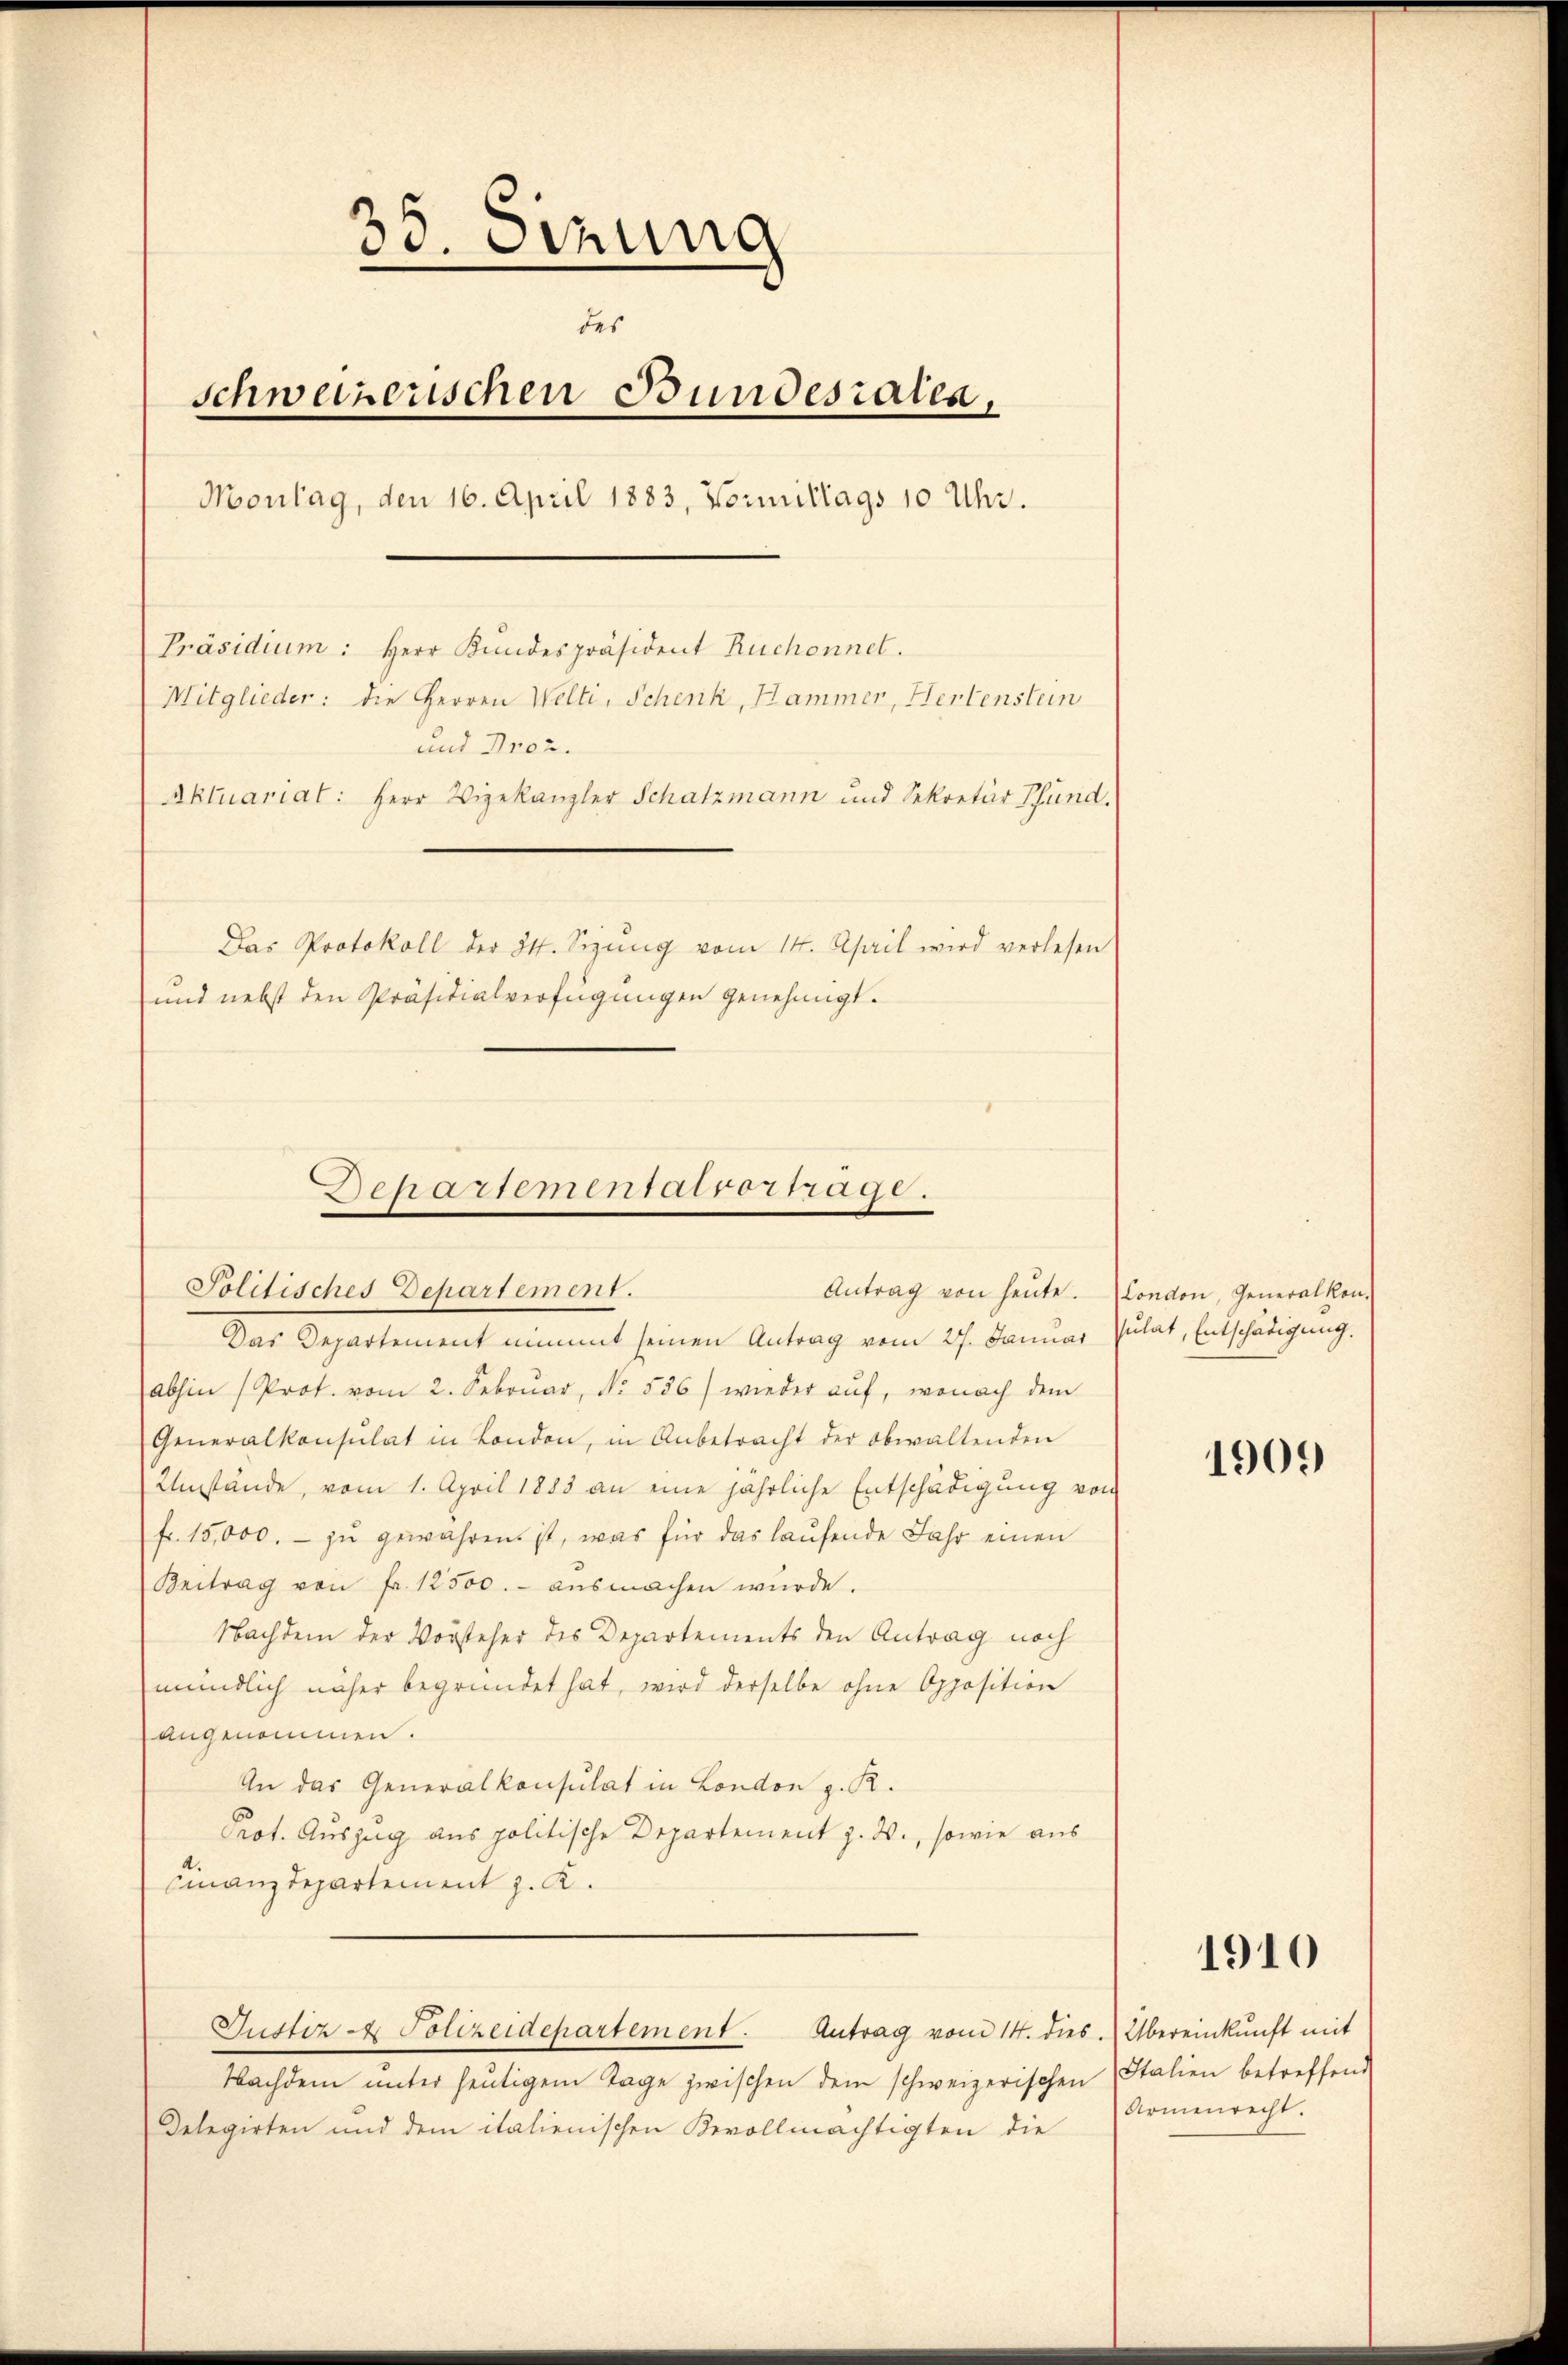
35. Serung
des
schweizerischen Bundesraten,
Montag, den 16. April 1883, Vormittags 10 Uhr.
Präsidium: Herr Kundespräsident Ruchonnet.
Mitglieder: die Herren Welti, Schenk, Hammer, Hertenstein
und Droz.
Aktuariat: Herr Vizekanzler Schatzmann und Sekretär Pfund
Das Protokoll der 34. Sizŭng vom 14. April wird verlesen
und nebst den Präsidialverfügungen genehmigt.

Behartementatvortrage.
Politisches Departement.
Antrag von heute. London, Generalkon-

Das Departement nimmt seinen Antrag vom 27. Januar Pulat, Entschädigung.
abhin (Prot. vom 2. Februar, No. 536) wieder auf, wonach dem
Generalkonsulat in London, in Anbetracht der obwaltenden
Umstände, vom 1. April 1883 an eine jährliche Entschädigung von
fr. 15,000.- zŭ gewähren ist, was für das laŭfende Jahr einen
Beitrag von fr. 12500.- aŭsmachen wŭrde.
Nachdem der Vorsteher des Departements den Antrag noch
mündlich näher begründet hat, wird derselbe ohne Opposition
angenommen.
An das Generalkonsulat in London z. R.
Prot. Auszug aus politische Departement z. W., sowie aus
Finanzdepartement z. K.
Justiz & Polizeidepartement. Antrag vom 14. dies. Übereinkunft mit
Nachdem unter heutigem Tage zwischen dem schweizerischen Italien betreffend
Delegirten und dem italienischen Revollmächtigten die

1909

1910

Armenrecht.